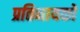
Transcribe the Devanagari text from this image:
प्रतिनायकों